Report of the Indian Hemp Drugs Commission, 1894-1895 - Volume VI
Year: 1894
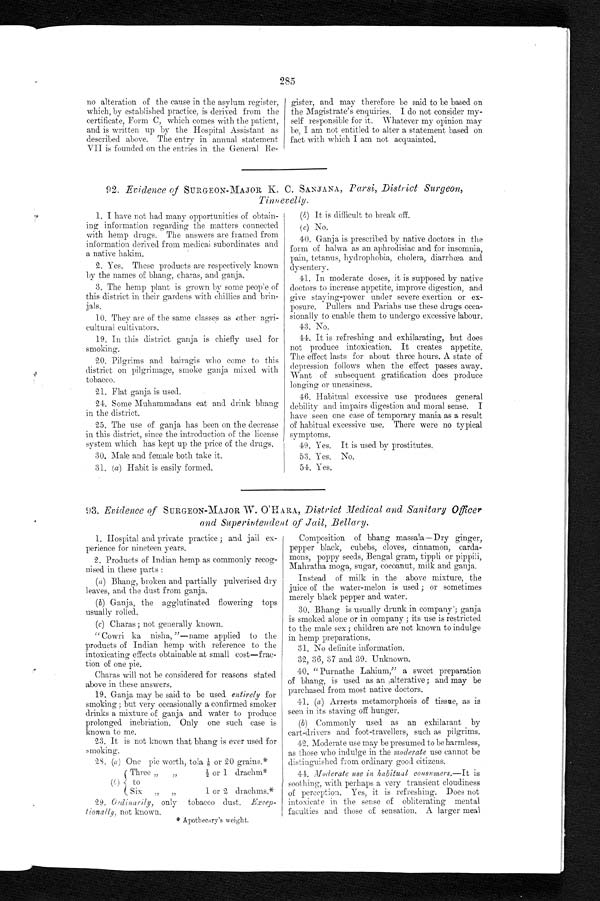
285
no alteration of the cause in the asylum register,
which, by established practice, is derived from the
certificate, Form C, which comes with the patient,
and is written up by the Hospital Assistant as
described above. The entry in annual statement
VII is founded on the entries in the General Re-
gister, and may therefore be said to be based on
the Magistrate's enquiries. I do not consider my-
self responsible for it. Whatever my opinion may
be, I am not entitled to alter a statement based on
fact with which I am not acquainted.
92. Evidence of SURGEON-MAJOR K. C. SANJANA, Parsi, District Surgeon,
Tinnevelly.
1. I have not had many opportunities of obtain-
ing information regarding the matters connected
with hemp drugs. The answers are framed from
information derived from medical subordinates and
a native harm.
2. Yes. These products are respectively known
by the names of bhang, chains, and ganja.
3. The hemp plant is grown by some people of
this district in their gardens with chillies and brin-
jals.
10. They are of the same classes as other agri-
cultural cultivators.
19. In this district ganja is chiefly used for
smoking.
20. Pilgrims and bairagis who come to this
district on pilgrimage, smoke ganja mixed with
tobacco.
21. Flat ganja is used.
24. Some Muhammadans eat and drink bhang
in the district.
25. The use of ganja has been on the decrease
in this district, since the introduction of the license
system which has kept up the price of the drugs.
30. Male and female both take it.
31. (a) Habit is easily formed.
(b) It is difficult to break off.
(c) No.
40. Ganja is prescribed by native doctors in the
form of halwa as an aphrodisiac and for insomnia,
pain, tetanus, hydrophobia, cholera, diarrhœa and
dysentery.
41. In moderate doses, it is supposed by native
doctors to increase appetite, improve digestion, and
give staying-power under severe exertion or ex-
posure. Pullers and Pariahs use these drugs occa-
sionally to enable them to undergo excessive labour.
43. No.
44. It is refreshing and exhilarating, but does
not produce intoxication. It creates appetite.
The effect lasts for about three hours. A state of
depression follows when the effect passes away.
Want of subsequent gratification does produce
longing or uneasiness.
46. Habitual excessive use produces general
debility and impairs digestion and moral sense. I
have seen one case of temporary mania as a result
of habitual excessive use. There were no typical
symptoms.
49. Yes. It is used by prostitutes.
53. Yes. No.
54. Yes.
93. Evidence of SURGEON-MAJOR W. O ' HARA, District Medical and Sanitary Officer
and Superintendent of Jail, Bellary.
1. Hospital and private practice ; and jail ex-
perience for nineteen years.
2. Products of Indian hemp as commonly recog-
nised in these parts :
(a) Bhang, broken and partially pulverised dry
leaves, and the dust from ganja.
(b) Ganja, the agglutinated flowering tops
usually rolled.
(c) Charas; not generally known.
" Cowri ha nisha, "—name applied to the
products of Indian hemp with reference to the
intoxicating effects obtainable at small cost—frac-
tion of one pie.
Charas will not be considered for reasons stated
above in these answers.
19. Ganja may be said to be used entirely for
smoking ; but very occasionally a confirmed smoker
drinks a mixture of ganja and water to produce
prolonged inebriation. Only one such case is
known to me.
23. It is not known that bhang is ever used for
smoking.
2S. (a) One pie worth, tola 1/8 or 20 grains.*
(b)
Three „
„
½ or 1 drachm*
- to
Six .,
..
1 or 2 drachms.*
29. 0rdinarily , only tobacco dust. Excep-
tionally, not known.
* A p o t h e c a r y ' s w e i g h t .
Composition of bhang massala—Dry ginger,
pepper black, cubebs, cloves, cinnamon, carda-
mons, poppy seeds, Bengal gram, tippli or pippili,
Mahratha moga, sugar, cocoanut, milk and ganja.
Instead of milk in the above mixture, the
juice of the water-melon is used ; or sometimes
merely black pepper and water.
30. Bhang is usually drunk in company .; ganja
is smoked alone or in company ; its use is restricted
to the male sex; children are not known to indulge
in hemp preparations.
31. No definite information.
32, 36, 37 and 39. Unknown.
40. "Purnathe Lahium," a sweet preparation
of bhang, is used as an alterative ; and may be
purchased from most native doctors.
41. (a) Arrests metamorphosis of tissue, as is
seen in its staving off hunger.
(b) Commonly used as an exhilarant by
cart-drivers and foot-travellers, such as pilgrims.
42. Moderate use may be presumed to be harmless,
as those who indulge in the moderate use cannot be
distinguished from ordinary good citizens.
44. Moderate use in habitual consumers.—It is
soothing, with perhaps a very transient cloudiness
of perception. Yes, it is refreshing. Does not
intoxicate in the sense of obliterating mental
faculties and those of sensation. A larger meal